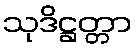
သုဒိဋ္ဌတ္တာ